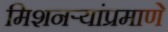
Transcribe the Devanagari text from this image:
मिशनऱ्यांप्रमाणे